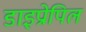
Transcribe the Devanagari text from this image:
डाइप्रोपिल